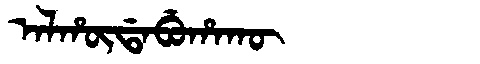
Manchu: ᠠᠯᡥᡡᡩᠠᠪᡠᡥᠠᡴᡡ
Romanization: ALHŪDABUHAKŪ